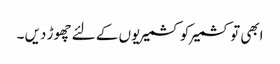
ابھی تو کشمیر کو کشمیریوں کے لئے چھوڑ دیں ۔